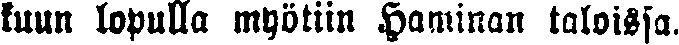
kuun lopulla myötiin Haminan taloissa.